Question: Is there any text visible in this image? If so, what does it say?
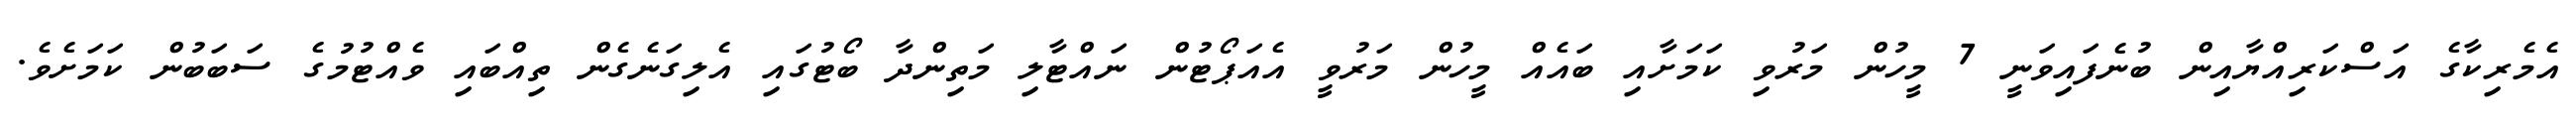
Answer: އެމެރިކާގެ އަސްކަރިއްޔާއިން ބުނެފައިވަނީ 7 މީހުން މަރުވި ކަމަށާއި ބައެއް މީހުން މަރުވީ އެއަޕޯޓުން ނައްޓާލި މަތިންދާ ބޯޓުގައި އެލިގަނެގެން ތިއްބައި ވެއްޓުމުގެ ސަބަބުން ކަމަށެވެ.